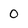
Character: 0